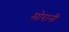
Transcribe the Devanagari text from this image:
मोरानी